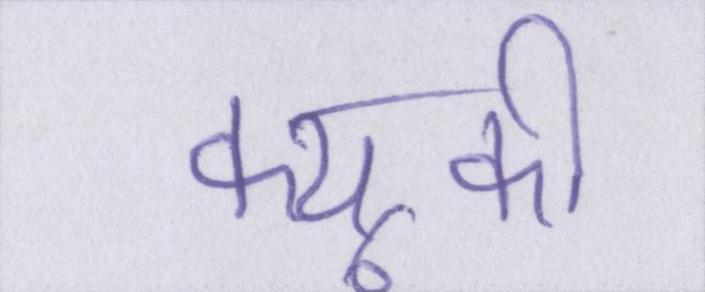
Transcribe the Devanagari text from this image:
क्यूकी